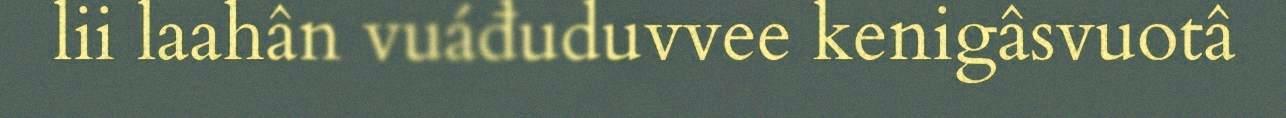
lii laahân vuáđuduvvee kenigâsvuotâ